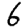
Digit: 6